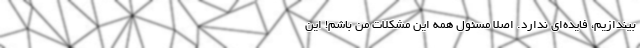
بیندازیم، فایده‌ای ندارد. اصلاً مسئول همه این مشکلات من باشم! این